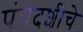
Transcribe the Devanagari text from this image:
पंचदशीचे